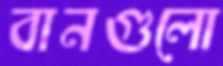
বানগুলো